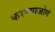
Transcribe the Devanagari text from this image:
करण्याजोगं